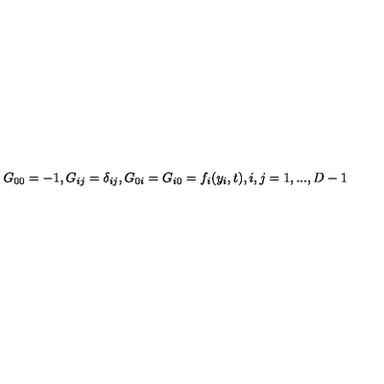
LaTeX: G _ { 0 0 } = - 1 , G _ { i j } = \delta _ { i j } , G _ { 0 i } = G _ { i 0 } = f _ { i } ( y _ { i } , t ) , i , j = 1 , . . . , D - 1